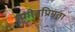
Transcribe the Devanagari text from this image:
संगीतप्रियता